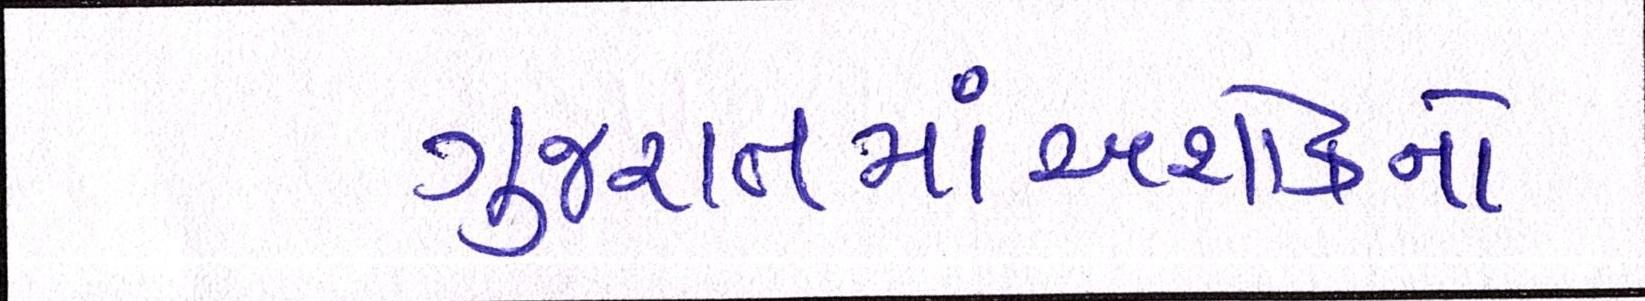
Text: ગુજરાતમાંઅશોકનો